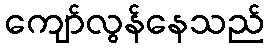
ကျော်လွန်နေသည်